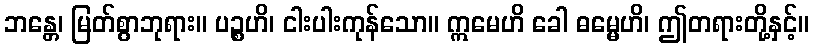
ဘန္တေ၊ မြတ်စွာဘုရား။ ပဉ္စဟိ၊ ငါးပါးကုန်သော။ ဣမေဟိ ခေါ ဓမ္မေဟိ၊ ဤတရားတို့နှင့်။